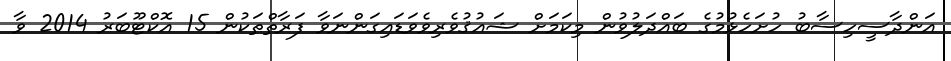
އަންދާސީހިސާބު ހުށަހެޅުމުގެ ބައްދަލުވުން މިކަމަށް ޝައުޤުވެރިވެވަޑައިގަންނަވާ ފަރާތްތަކުން 15 އޮކްޓޫބަރު 2014 ވާ